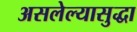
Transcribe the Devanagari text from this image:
असलेल्यासुद्धा